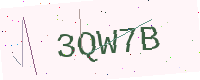
Text: 3QW7B